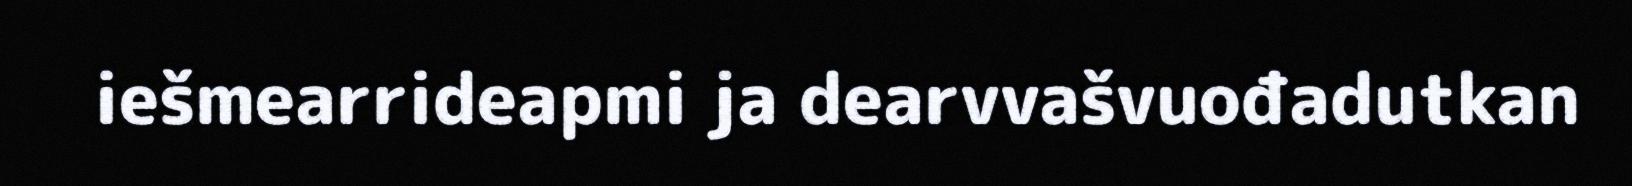
iešmearrideapmi ja dearvvašvuođadutkan